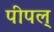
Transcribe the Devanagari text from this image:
पीपल्